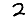
Digit: 2